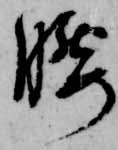
腰